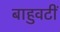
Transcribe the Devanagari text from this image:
बाहुवटीं